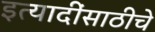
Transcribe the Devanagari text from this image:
इत्यादींसाठीचे